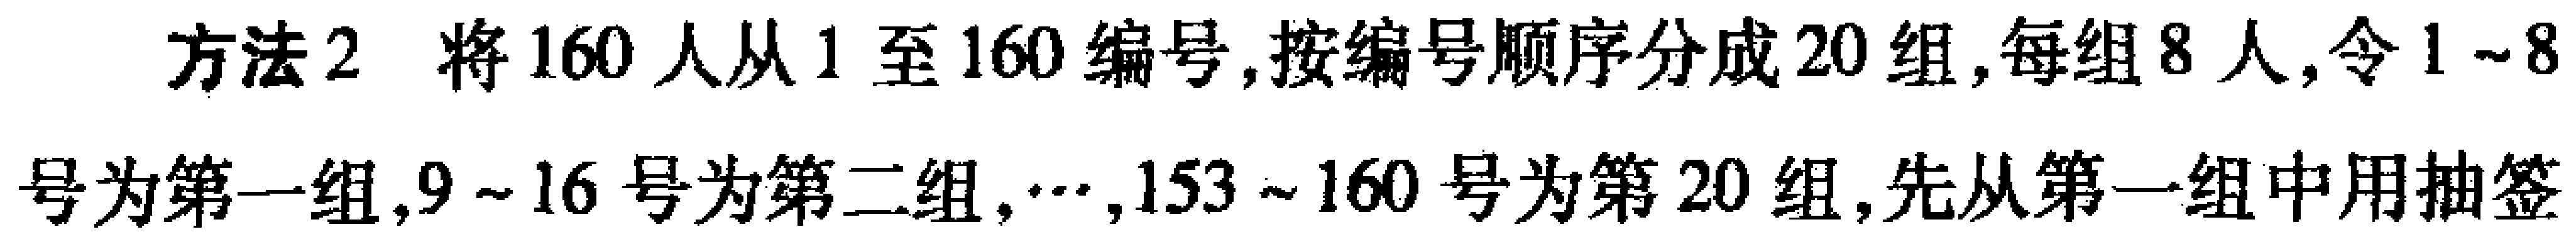
方法2 将160人从1至160编号,按编号顺序分成20组,每组8人,令1~8号为第一组,9~16号为第二组,$\cdots$,153~160号为第20组,先从第一组中用抽签